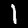
Digit: 1